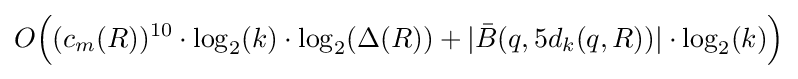
O{\Big (}(c_{m}(R))^{10}\cdot \log _{2}(k)\cdot \log _{2}(\Delta (R))+|{\bar {B}}(q,5d_{k}(q,R))|\cdot \log _{2}(k){\Big )}